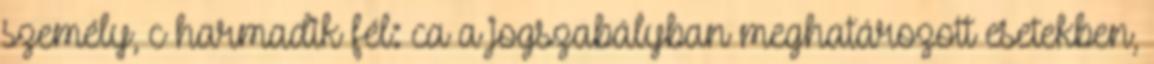
személy, c harmadik fél: ca a jogszabályban meghatározott esetekben,